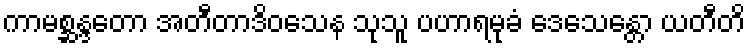
ကာမစ္ဆန္ဒတော အတီတာဒိဝသေန သုသူ ပဟာရမုခံ ဒေသေန္တော ယတီတိ